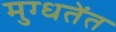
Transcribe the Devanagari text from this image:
मुग्धतेंत